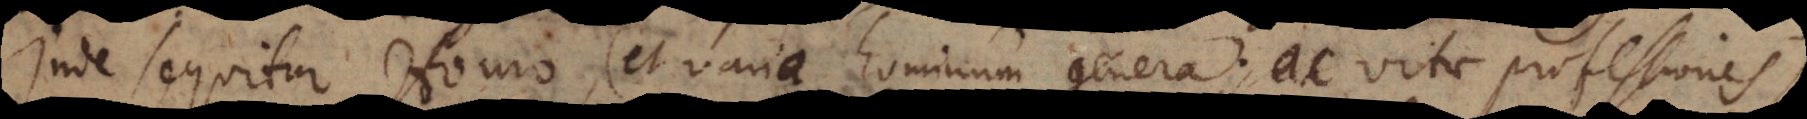
Inde sequitur Homo (et varia hominum genera, ac vitae professiones).